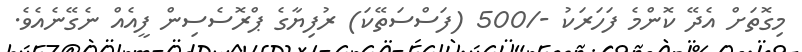
މިގޮތަށް އެދޭ ކޮންމެ ފަހަރަކު -/500 (ފަސްސަތޭކަ) ރުފިޔާގެ ޕްރޮސެސިން ފީއެއް ނެގޭނެއެވެ.